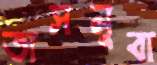
তাসনুবা